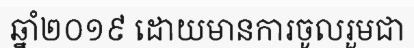
ឆ្នាំ២០១៩ ដោយមានការចូលរួមជា